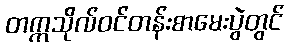
တက္ကသိုလ်ဝင်တန်းစာမေးပွဲတွင်